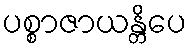
ပစ္စာဇာယန္တိပေ